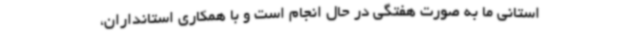
استانی ما به صورت هفتگی در حال انجام است و با همکاری استانداران،